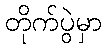
တိုက်ပွဲမှာ